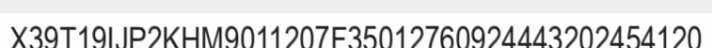
X39T19IJP2KHM9011207F35012760924443202454120